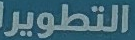
التطوير